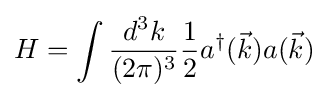
H=\int {d^{3}k \over (2\pi )^{3}}{\frac {1}{2}}a^{\dagger }({\vec {k}})a({\vec {k}})